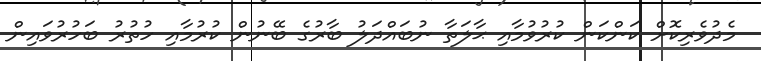
މެދުވެރިކޮށް ކަންކަން ކުރުވުމާއި ޙާލަތާ ނުބައްދަލު ބާރުގެ ބޭނުން ކުރުމާއި ހުތުރު ބަހުރުވައިން